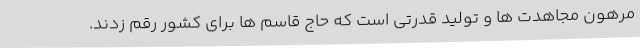
مرهون مجاهدت ها و تولید قدرتی است که حاج قاسم ها برای کشور رقم زدند.